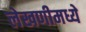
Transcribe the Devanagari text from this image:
लेखणीमध्ये